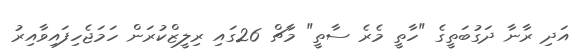
އަދި ރާނާ ދަގުބަތީގެ "ހާތީ މެރެ ސާތީ" މާޗް 26ގައި ރިލީޒްކުރަން ހަމަޖެހިފައިވާއިރު